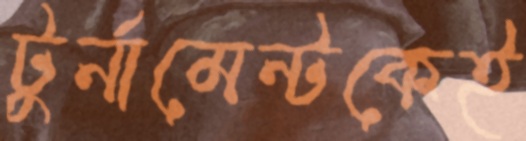
টুর্নামেন্টকেই